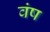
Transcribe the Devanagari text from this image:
वंष